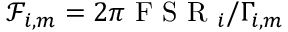
\mathcal { F } _ { i , m } = 2 \pi \mathrm { ~ F ~ S ~ R ~ } _ { i } / \Gamma _ { i , m }